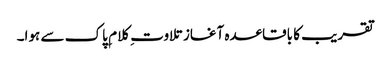
تقریب کا باقاعدہ آغاز تلاوت ِ کلام ِ پاک سے ہوا۔